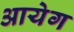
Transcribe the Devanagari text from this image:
आयेग